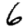
Digit: 6